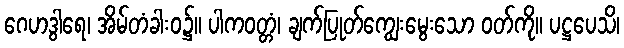
ဂေဟဒွါရေ၊ အိမ်တံခါးဝ၌။ ပါကဝတ္တံ၊ ချက်ပြုတ်ကျွေးမွေးသော ဝတ်ကို။ ပဋ္ဌပေသိ၊